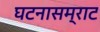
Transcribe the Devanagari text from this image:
घटनासम्राट